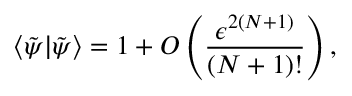
\langle \tilde { \psi } | \tilde { \psi } \rangle = 1 + O \left( \frac { \epsilon ^ { 2 ( N + 1 ) } } { { ( N + 1 ) ! } } \right) ,